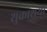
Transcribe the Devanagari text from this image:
शुक्राशयों